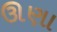
ઊણા